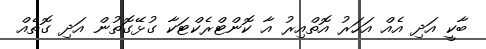
ބާކީ އަދި އެއް އަހަރު އޮތްއިރު އާ ކޮންޓްރެކްޓަކާ ގުޅޭގޮތުން އަދި ގޮތެއް